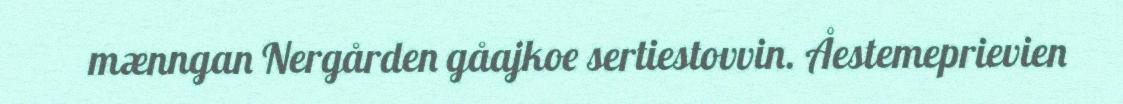
mænngan Nergården gåajkoe sertiestovvin. Åestemeprievien